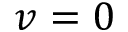
v = 0